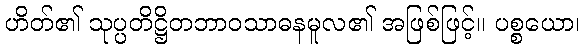
ဟိတ်၏ သုပ္ပတိဋ္ဌိတဘာဝသာဓနမူလ၏ အဖြစ်ဖြင့်။ ပစ္စယော၊